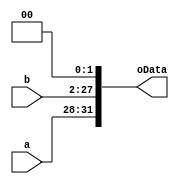
`timescale 1ns / 1ps

module II(
    input [3:0] a,  // pc31-28
    input [25:0] b, // imem25-0
    output [31:0] oData
    );
    assign oData = {a,b,2'b00};
endmodule